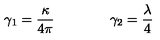
\gamma _ { 1 } = \frac \kappa { 4 \pi } \qquad \qquad \gamma _ { 2 } = \frac \lambda 4